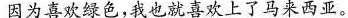
因为喜欢绿色，我也就喜欢上了马来西亚。